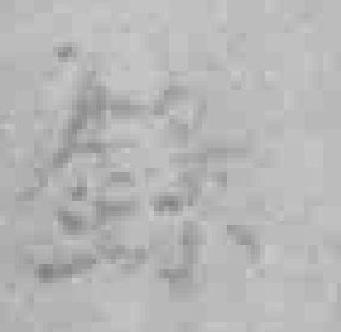
錄